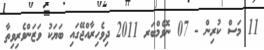
11 މަސް ކުރިން - 07 ނޮވެމްބަރ 2011 ދިވެހިރާއްޖޭގައި ބަޔަކު ވަޒަންވެރިވިތާ